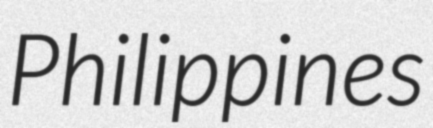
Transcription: Philippines